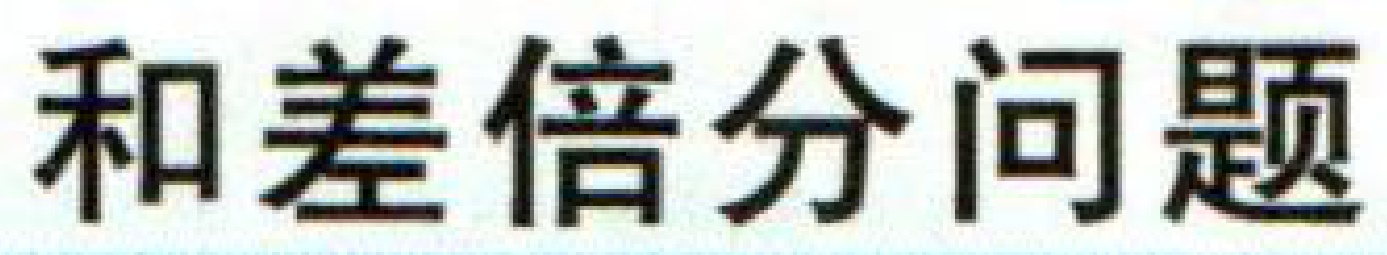
和差倍分问题